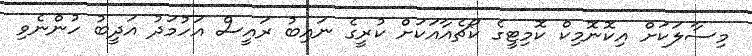
މިސާލަކަށް އިކޮނޮމިކް ކޮމިޓީގެ ކޯޗެއާއަކަށް ކުރީގެ ނައިބު ރައީސް އަހުމަދު އަދީބު ހުންނެވި